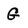
Character: G